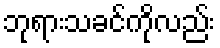
ဘုရားသခင်ကိုလည်း